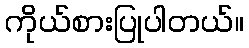
ကိုယ်စားပြုပါတယ်။